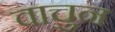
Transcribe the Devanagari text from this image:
वाचुन